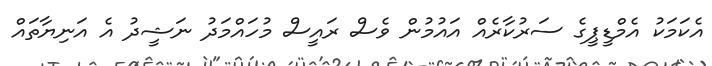
އެކަމަކު އެމްޑީޕީގެ ސަރުކާރެއް އައުމުން ވެސް ރައީސް މުހައްމަދު ނަޝީދު އެ އަނިޔާތައް